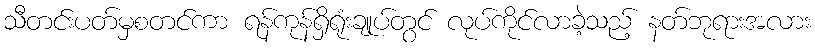
သီတင်းပတ်မှစတင်ကာ ရန်ကုန်ရှိရုံးချုပ်တွင် လုပ်ကိုင်လာခဲ့သည့် နတ်ဘုရားအလား